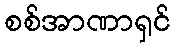
စစ်အာဏာရှင်